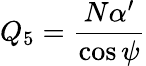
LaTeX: Q_{5}=\frac{N\alpha^{\prime}}{\cos\psi}